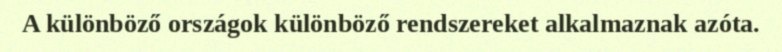
A különböző országok különböző rendszereket alkalmaznak azóta.